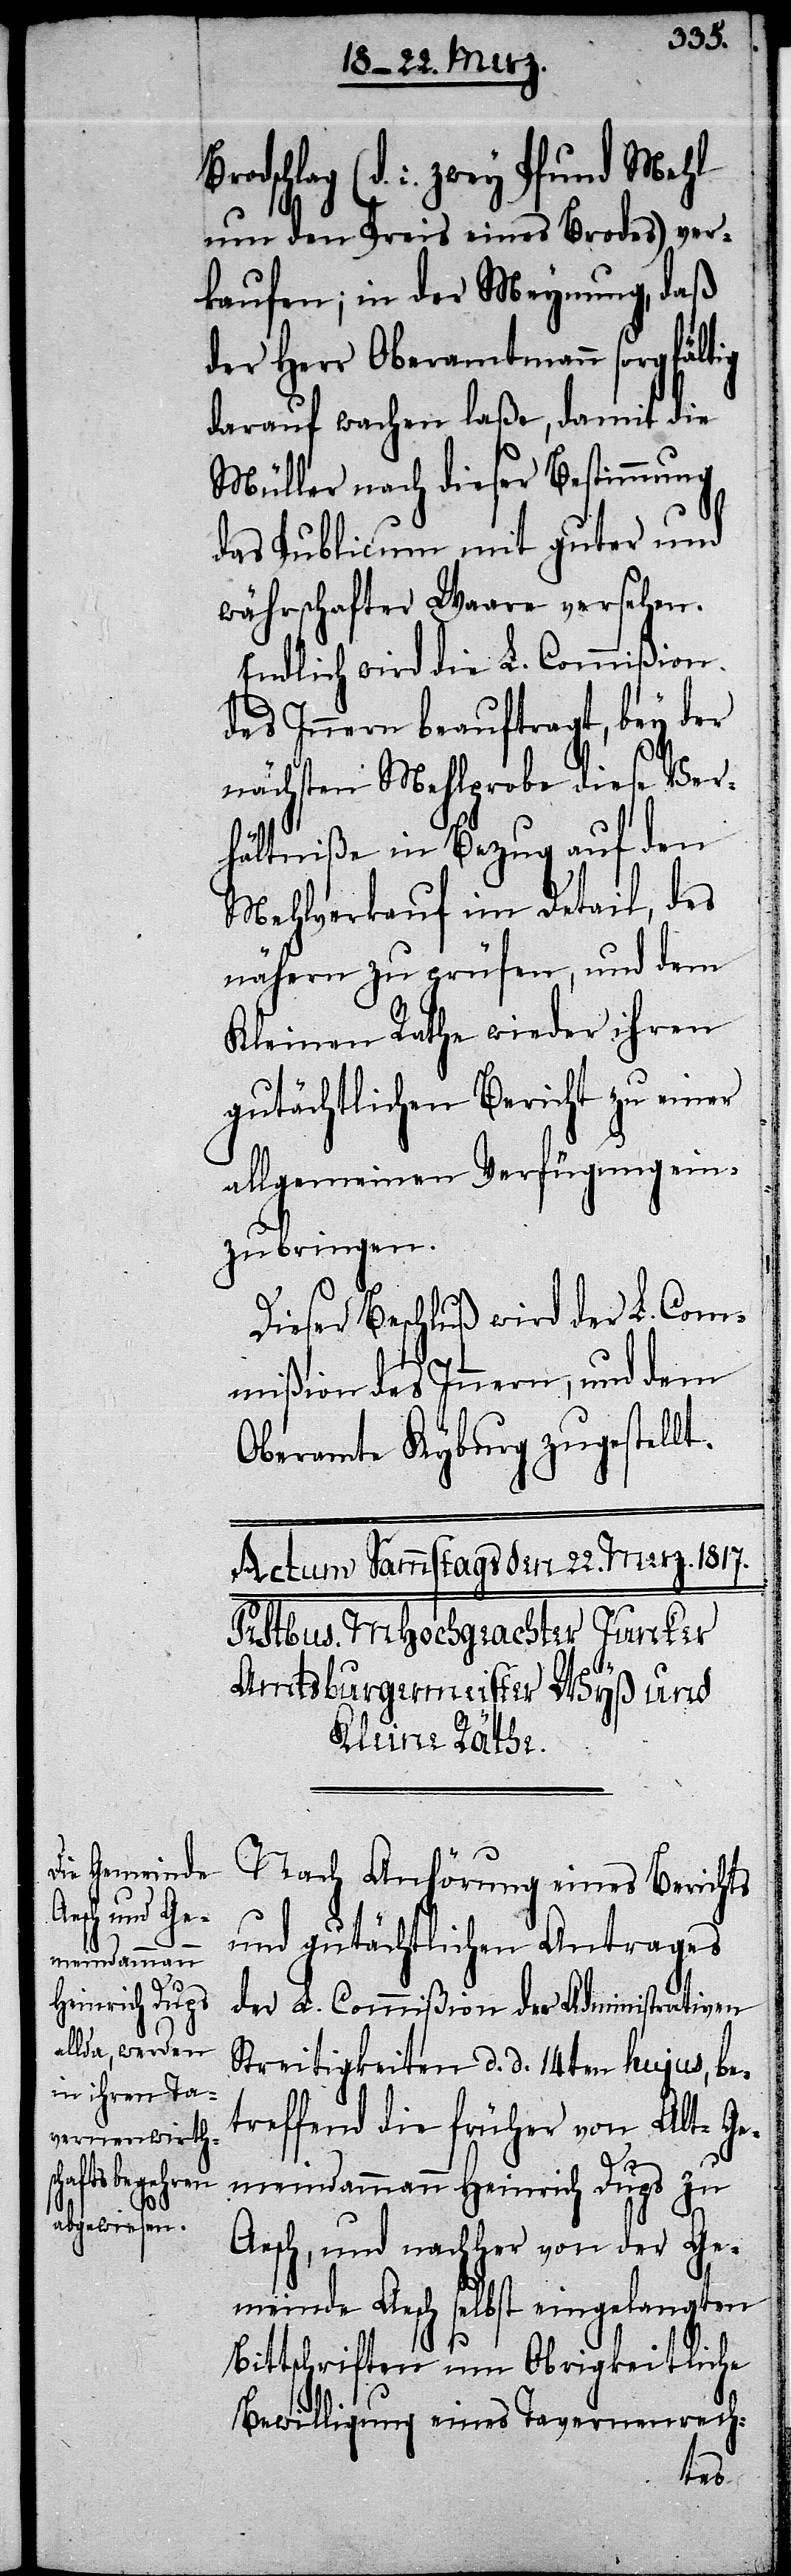
Brodschlag

(d. i. zwey Pfund Mehl
um den Preis eines Brodes) ver¬
kaufen; in der Meynung, daß
der Herr Oberamtmann sorgfältig
darauf wachen laße, damit die
Müller nach dieser Bestimmung
das Publicum mit guter und
währschafter Waare versehen.
Endlich wird die L. Commißion
des Innern beauftragt, bey der
nächsten Mehlprobe diese Ver¬
hältniße in Bezug auf den
Mehlverkauf im Detail, des
nähern zu prüfen, und dem
Kleinen Rathe wieder ihren
gutächtlichen Bericht zu einer
allgemeinen Verfügung ein¬
zubringen.
Dieser Beschluß wird der L. Com¬
mißion des Innern, und dem
Oberamte Kyburg zugestellt.
Nach Anhörung eines Berichts
und gutächtlichen Antrages
der L. Commißion der Administrativen
Streitigkeiten d. d. 14ten hujus, be¬
treffend die früher von Alt-Ge¬
meindammann Heinrich Dups zu
Aesch, und nachher von der Ge¬
meinde Aesch selbst eingelangten
Bittschriften um Obrigkeitliche
Bewilligung eines Tavernenrech-